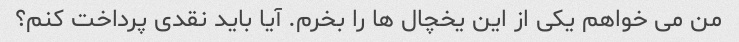
من می خواهم یکی از این یخچال ها را بخرم. آیا باید نقدی پرداخت کنم؟